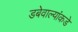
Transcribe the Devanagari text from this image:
डबेवाल्यांकडे